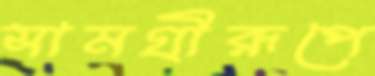
সামগ্রীরূপে